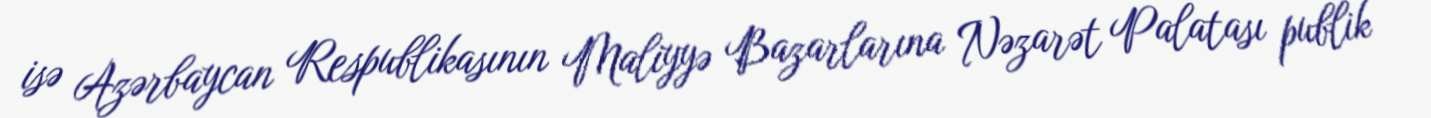
isə Azərbaycan Respublikasının Maliyyə Bazarlarına Nəzarət Palatası publik